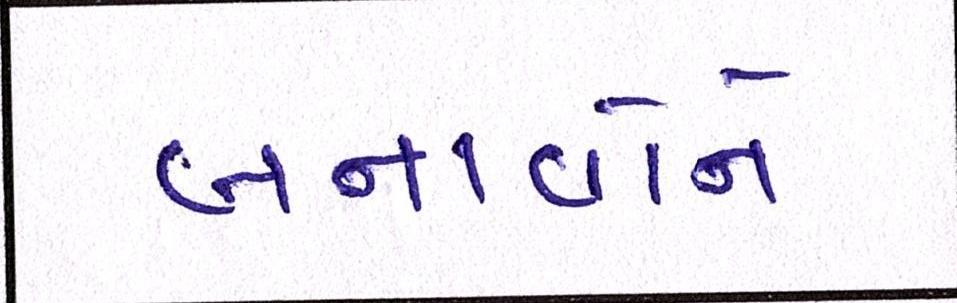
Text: બનાવોને